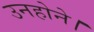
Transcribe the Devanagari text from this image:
उनहोने।